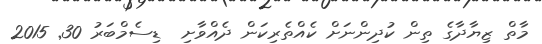
މާތް ޒިޔާދާގެ ތިން ކުދިންނަށް ކެއްތެރިކަން ދެއްވާށި  ޑިސެމްބަރު 30